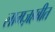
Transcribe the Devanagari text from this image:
लामज़हबीत